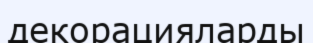
декорацияларды